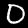
Digit: 0